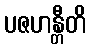
ပဇဟန္တီတိ